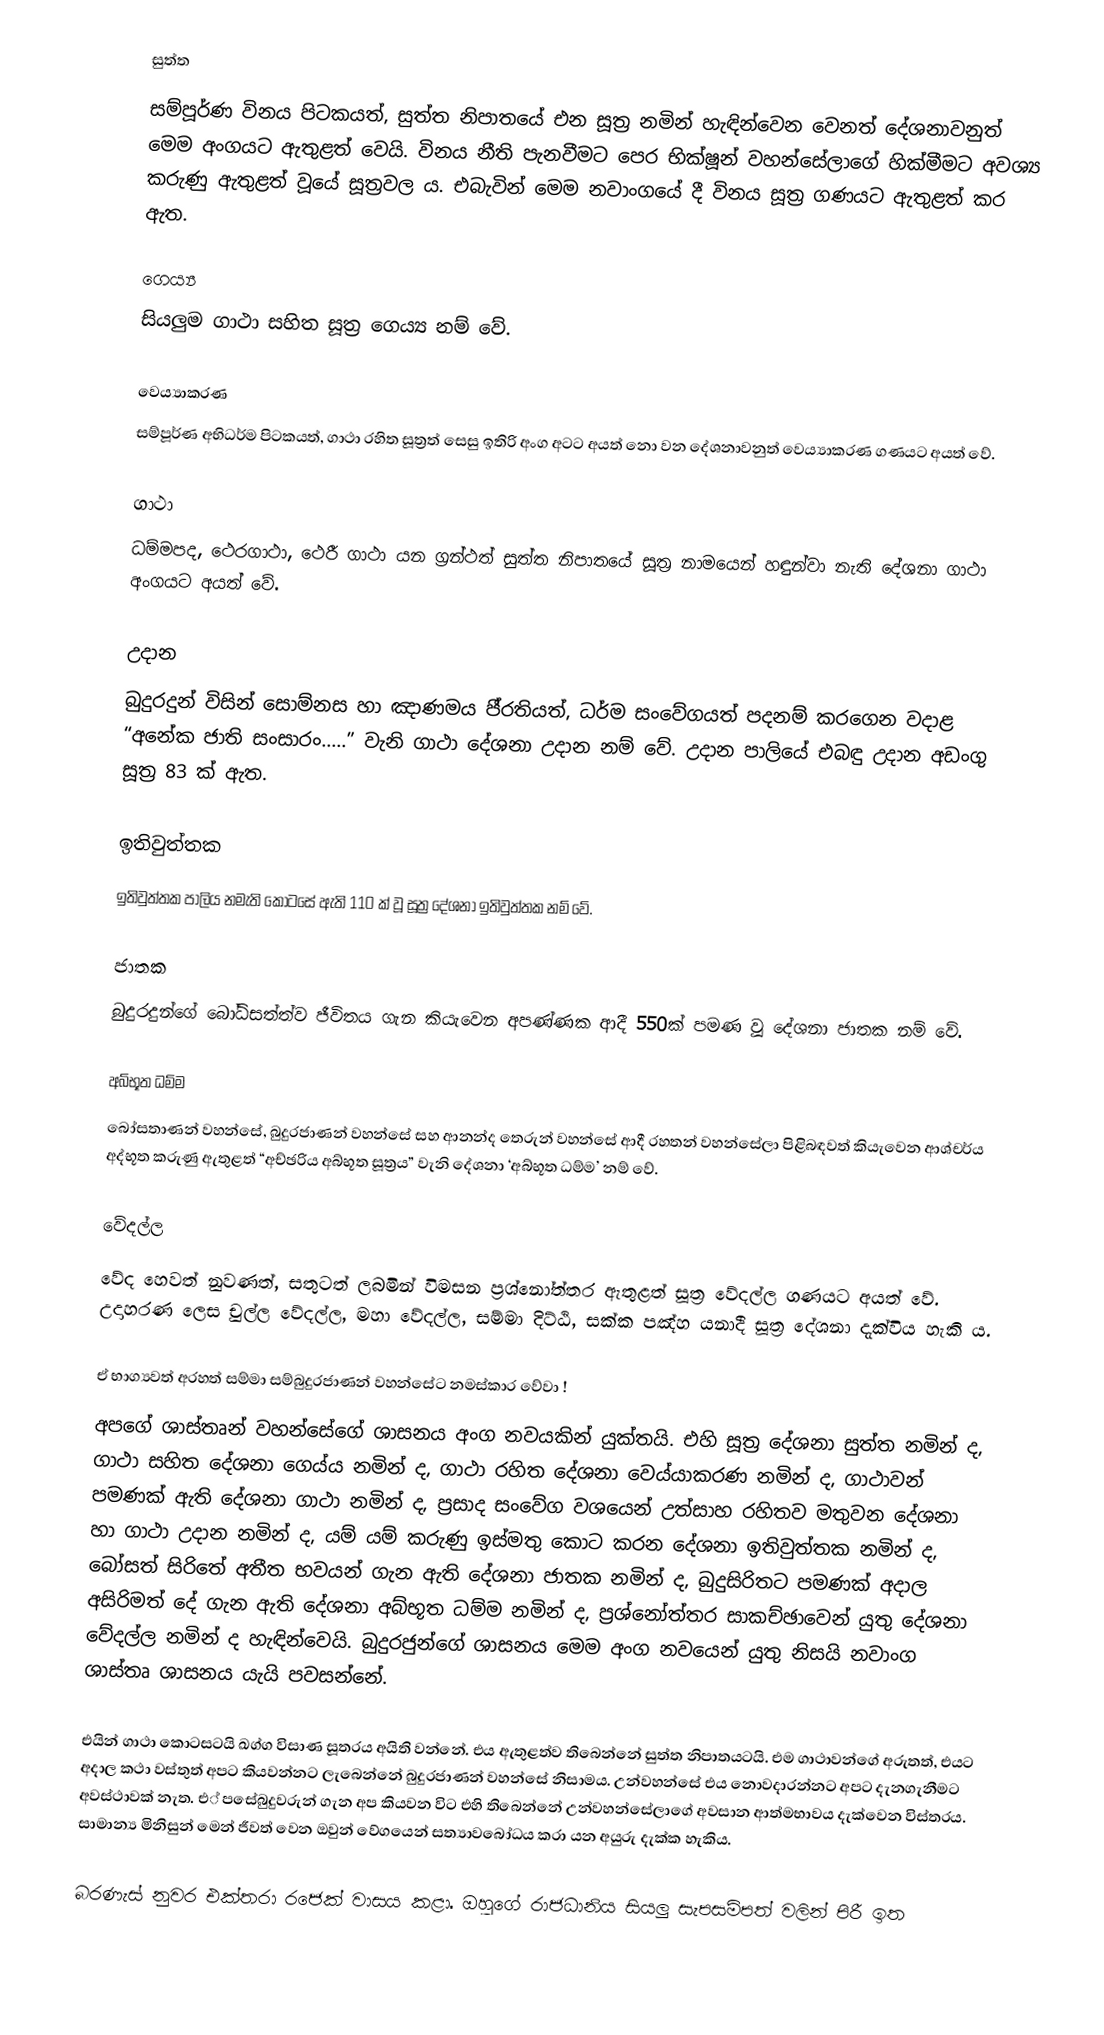
සුත්ත
සම්පූර්ණ විනය පිටකයත්, සුත්ත නිපාතයේ එන සූත්‍ර නමින් හැඳින්වෙන වෙනත් දේශනාවනුත් මෙම අංගයට ඇතුළත් වෙයි. විනය නීති පැනවීමට පෙර භික්ෂූන් වහන්සේලාගේ හික්මීමට අවශ්‍ය කරුණු ඇතුළත් වූයේ සූත්‍රවල ය. එබැවින් මෙම නවාංගයේ දී විනය සූත්‍ර ගණයට ඇතුළත් කර ඇත.

ගෙය්‍ය
සියලුම ගාථා සහිත සූත්‍ර ගෙය්‍ය නම් වේ.

වෙය්‍යාකරණ
සම්පූර්ණ අභිධර්ම පිටකයත්, ගාථා රහිත සූත්‍රත් සෙසු ඉතිරි අංග අටට අයත් නො වන දේශනාවනුත් වෙය්‍යාකරණ ගණයට අයත් වේ.

ගාථා
ධම්මපද, ථෙරගාථා, ථෙරී ගාථා යන ග්‍රන්ථත් සුත්ත නිපාතයේ සූත්‍ර නාමයෙන් හඳුන්වා නැති දේශනා ගාථා අංගයට අයත් වේ.

උදාන
බුදුරදුන් විසින් සොම්නස හා ඤාණමය පී‍්‍රතියත්, ධර්ම සංවේගයත් පදනම් කරගෙන වදාළ “අනේක ජාති සංසාරං.....” වැනි ගාථා දේශනා උදාන නම් වේ. උදාන පාලියේ එබඳු උදාන අඩංගු සූත්‍ර 83 ක් ඇත.

ඉතිවුත්තක
ඉතිවුත්තක පාලිය නමැති කොටසේ ඇති 110 ක් වූ සූත්‍ර දේශනා ඉතිවුත්තක නම් වේ.

ජාතක
බුදුරදුන්ගේ බෝධිසත්ත්ව ජීවිතය ගැන කියැවෙන අපණ්ණක ආදී 550ක් පමණ වූ දේශනා ජාතක නම් වේ.

අබ්භූත ධම්ම
බෝසතාණන් වහන්සේ, බුදුරජාණන් වහන්සේ සහ ආනන්ද තෙරුන් වහන්සේ ආදී රහතන් වහන්සේලා පිළිබඳවත් කියැවෙන ආශ්චර්ය අද්භූත කරුණු ඇතුළත් “අච්ඡරිය අබ්භූත සූත්‍රය” වැනි දේශනා ‘අබ්භූත ධම්ම’ නම් වේ.

වේදල්ල
වේද හෙවත් නුවණත්, සතුටත් ලබමින් විමසන ප්‍රශ්නෝත්තර ඇතුළත් සූත්‍ර වේදල්ල ගණයට අයත් වේ. උදාහරණ ලෙස චුල්ල වේදල්ල, මහා වේදල්ල, සම්මා දිට්ඨි, සක්ක පඤ්හ යනාදී සූත්‍ර දේශනා දැක්විය හැකි ය.

ඒ භාග්‍යවත් අරහත් සම්මා සම්බුදුරජාණන් වහන්සේට නමස්කාර වේවා !
අපගේ ශාස්තෘන් වහන්සේගේ ශාසනය අංග නවයකින් යුක්තයි. එහි සූත‍්‍ර දේශනා සුත්ත නමින් ද, ගාථා සහිත දේශනා ගෙය්ය නමින් ද, ගාථා රහිත දේශනා වෙය්යාකරණ නමින් ද, ගාථාවන් පමණක් ඇති දේශනා ගාථා නමින් ද, ප‍්‍රසාද සංවේග වශයෙන් උත්සාහ රහිතව මතුවන දේශනා හා ගාථා උදාන නමින් ද, යම් යම් කරුණු ඉස්මතු කොට කරන දේශනා ඉතිවුත්තක නමින් ද, බෝසත් සිරිතේ අතීත භවයන් ගැන ඇති දේශනා ජාතක නමින් ද, බුදුසිරිතට පමණක් අදාල අසිරිමත් දේ ගැන ඇති දේශනා අබ්භූත ධම්ම නමින් ද, ප‍්‍රශ්නෝත්තර සාකච්ඡාවෙන් යුතු දේශනා වේදල්ල නමින් ද හැඳින්වෙයි. බුදුරජුන්ගේ ශාසනය මෙම අංග නවයෙන් යුතු නිසයි නවාංග ශාස්තෘ ශාසනය යැයි පවසන්නේ.

එයින් ගාථා කොටසටයි ඛග්ග විසාණ සූත‍්‍රය අයිති වන්නේ. එය ඇතුළත්ව තිබෙන්නේ සුත්ත නිපාතයටයි. එම ගාථාවන්ගේ අරුතත්, එයට අදාල කථා වස්තුත් අපට කියවන්නට ලැබෙන්නේ බුදුරජාණන් වහන්සේ නිසාමය. උන්වහන්සේ එය නොවදාරන්නට අපට දැනගැනීමට අවස්ථාවක් නැත. එ් පසේබුදුවරුන් ගැන අප කියවන විට එහි තිබෙන්නේ උන්වහන්සේලාගේ අවසාන ආත්මභාවය දැක්වෙන විස්තරය. සාමාන්‍ය මිනිසුන් මෙන් ජීවත් වෙන ඔවුන් වේගයෙන් සත්‍යාවබෝධය කරා යන අයුරු දැක්ක හැකිය.

බරණැස් නුවර එක්තරා රජෙක් වාසය කළා. ඔහුගේ රාජධානිය සියලු සැපසම්පත් වලින් පිරී ඉත